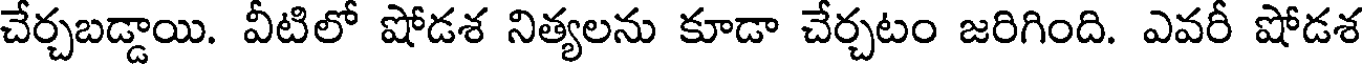
చేర్చబడ్డాయి. వీటిలో షోడశ నిత్యలను కూడా చేర్చటం జరిగింది. ఎవరీ షోడశ